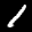
Label: 1